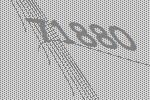
71880